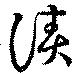
漬